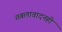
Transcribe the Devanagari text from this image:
तबलावादनही